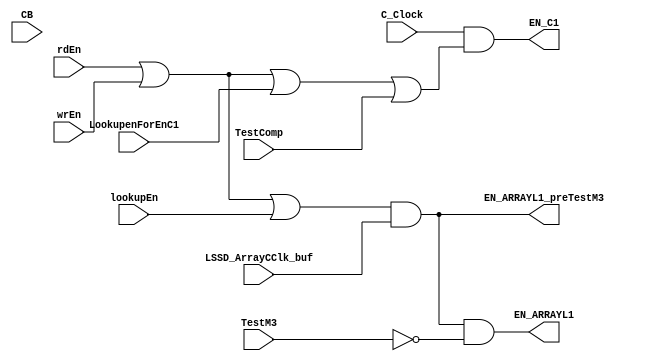
// 
// ************************************************************************** 
// 
//  Copyright (c) International Business Machines Corporation, 2005. 
// 
//  This file contains trade secrets and other proprietary and confidential 
//  information of International Business Machines Corporation which are 
//  protected by copyright and other intellectual property rights and shall 
//  not be reproduced, transferred to other documents, disclosed to others, 
//  or used for any purpose except as specifically authorized in writing by 
//  International Business Machines Corporation. This notice must be 
//  contained as part of this text at all times. 
// 
// ************************************************************************** 
//
// Updated by KVP 9/29/00 to include  EN_ARRAYL1_preTestM3 as output (camclock in prowler)
// copied by KVP/WGLEE on 10/13/00 from local workspace

// 2/18/02  KAM   Changed LSSD_ArrayCClk_NEG to LSSD_ArrayCClk_buf for TBIRD requirements


module p405s_UTLB_Clocks( EN_C1,
                    EN_ARRAYL1,
                    C_Clock,
                    LSSD_ArrayCClk_buf,
                    TestComp,
                    TestM3,
                    lookupEn,
                    LookupenForEnC1,
                    rdEn,
                    wrEn,
                    EN_ARRAYL1_preTestM3,
                    CB);


output  EN_C1;
output  EN_ARRAYL1;
output  EN_ARRAYL1_preTestM3;

input   C_Clock;
input   LSSD_ArrayCClk_buf;
input   TestComp;
input   TestM3;
input   lookupEn;
input   LookupenForEnC1;
input   rdEn;
input   wrEn;

input   CB;

wire  EN_ARRAYL1_preTestM3_i;
wire   EN_ARRAYL1OnL1;
wire  EN_ARRAYL1On;
wire  symNet23;
wire  TestM3_NEG;
wire  C1ClockOn;
wire  symNet26;

assign EN_ARRAYL1_preTestM3 = EN_ARRAYL1_preTestM3_i;


//***********
// EN_ARRAYL1
//***********

  // Removed the module "dp_regMMU_camClockOnL1"

// `ifdef CBS         // for cycle-based simulators (MESA) 
//    // L1 Output modeled as negitive edge FF    
//    always @(negedge CB)      
//     begin        
//      EN_ARRAYL1OnL1 <= EN_ARRAYL1On;      
//    end        
// `else        
//    // L1 Output modeled as a transparent latch     
//    always @(CB or EN_ARRAYL1On or EN_ARRAYL1OnL1)      
//     begin        
//     casez(~CB)   
//      1'b0: ;
//      1'b1: EN_ARRAYL1OnL1 = EN_ARRAYL1On;
//       default: EN_ARRAYL1OnL1 = 1'bx;
//     endcase
//    end
// `endif
assign EN_ARRAYL1OnL1 = EN_ARRAYL1On;      

  // Removed the module "dp_logMMU_UTLBClockAND"
  assign EN_ARRAYL1_preTestM3_i = EN_ARRAYL1OnL1 & LSSD_ArrayCClk_buf;

  // Removed the module "dp_logMMU_UTLBClockNOR3"
  assign symNet23 = ~( rdEn | wrEn | lookupEn );

  // Removed the module "dp_logMMU_UTLBClockNOR"
  assign EN_ARRAYL1On = ~( symNet23 | 1'b0 );

  // Removed the module "dp_logMMU_UTLBClockInv"
  assign TestM3_NEG = ~(TestM3);

  // Removed the module "dp_logMMU_UTLBClockAND"
  assign EN_ARRAYL1 = EN_ARRAYL1_preTestM3_i & TestM3_NEG;


//***********
// EN_C1
//***********

  // Removed the module "dp_logMMU_UTLBClockOR4"
  assign C1ClockOn = rdEn | wrEn | LookupenForEnC1 | TestComp;

  // Removed the module "dp_logMMU_UTLBClockNAND"
  assign symNet26 = ~( C_Clock & C1ClockOn );

  // Removed the module "dp_logMMU_UTLBClockInv"
  assign EN_C1 = ~(symNet26);


endmodule